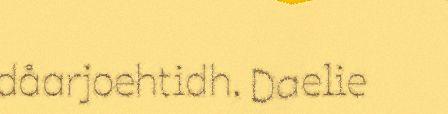
dåarjoehtidh. Daelie